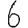
Digit: 6